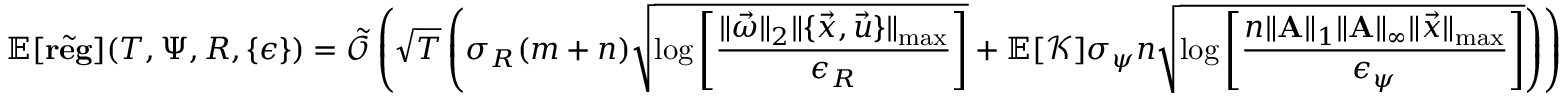
\mathbb { E } [ \tilde { \mathbf { r e g } } ] ( T , \Psi , R , \{ \epsilon \} ) = \tilde { \mathcal { O } } \left( \sqrt { T } \left( \sigma _ { R } ( m + n ) \sqrt { \log \left[ \frac { \| \vec { \omega } \| _ { 2 } \| \{ \vec { x } , \vec { u } \} \| _ { \operatorname* { m a x } } } { \epsilon _ { R } } \right] } + \mathbb { E } [ \mathcal { K } ] \sigma _ { \psi } n \sqrt { \log \left[ \frac { n \| \mathbf { A } \| _ { 1 } \| \mathbf { A } \| _ { \infty } \| \vec { x } \| _ { \operatorname* { m a x } } } { \epsilon _ { \psi } } \right] } \right) \right)